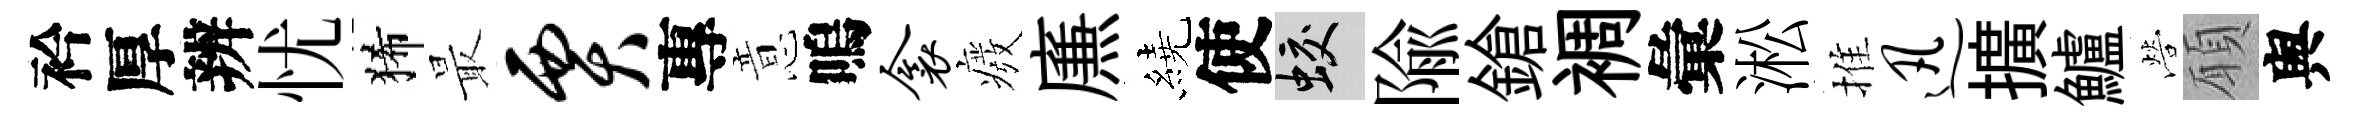
衿厚辨忧狶最贾專意嗚衾癈㢘繞使蛟隃鎗裯彙淞推迅擴鱸營願舆